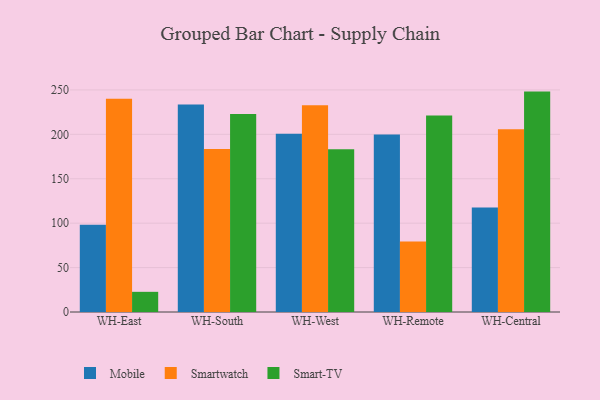
{"axis": {"x": "Warehouse", "y": "LTV (USD)"}, "legend": ["Mobile", "Smart-TV", "Smartwatch"], "data": [{"x": "WH-East", "y": 98.3, "type": "Mobile"}, {"x": "WH-East", "y": 240.1, "type": "Smartwatch"}, {"x": "WH-East", "y": 22.7, "type": "Smart-TV"}, {"x": "WH-South", "y": 233.6, "type": "Mobile"}, {"x": "WH-South", "y": 183.6, "type": "Smartwatch"}, {"x": "WH-South", "y": 222.8, "type": "Smart-TV"}, {"x": "WH-West", "y": 200.6, "type": "Mobile"}, {"x": "WH-West", "y": 232.7, "type": "Smartwatch"}, {"x": "WH-West", "y": 183.2, "type": "Smart-TV"}, {"x": "WH-Remote", "y": 199.9, "type": "Mobile"}, {"x": "WH-Remote", "y": 79.3, "type": "Smartwatch"}, {"x": "WH-Remote", "y": 221.2, "type": "Smart-TV"}, {"x": "WH-Central", "y": 117.7, "type": "Mobile"}, {"x": "WH-Central", "y": 205.8, "type": "Smartwatch"}, {"x": "WH-Central", "y": 248.1, "type": "Smart-TV"}]}